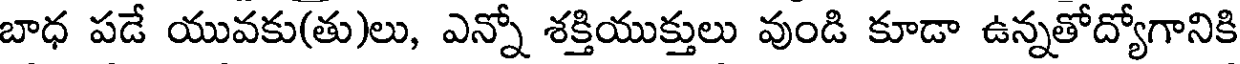
బాధ పడే యువకు(తు)లు, ఎన్నో శక్తియుక్తులు వుండి కూడా ఉన్నతోద్యోగానికి